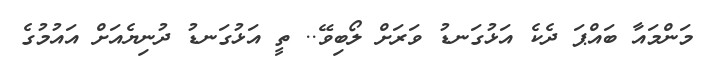
މަންމައާ ބައްޕަ ދެކެ އަޅުގަނޑު ވަރަށް ލޯބިވޭ.. ތީ އަޅުގަނޑު ދުނިޔެއަށް އައުމުގެ